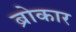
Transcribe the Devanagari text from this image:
ब्रोकार